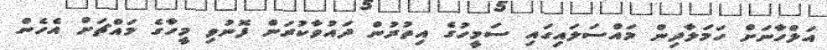
އަލްހާނަށް ހަމަލާދިން މައްސަލައިގައި ސަމީހުގެ އިތުރުން ދައުވާކުރަން ފޮނުވި މީހާގެ މައްޗަށް އެހެން